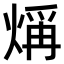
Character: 𤌁